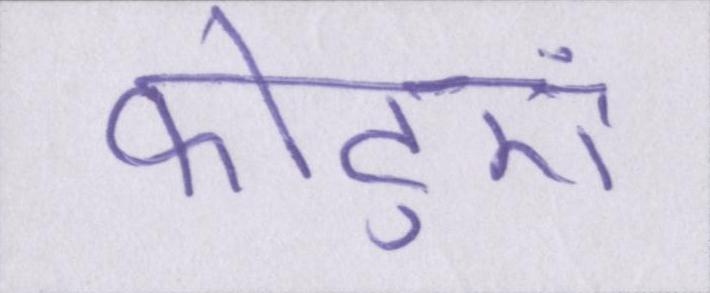
फोटुएं